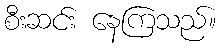
စီးဆင်း နေကြသည်။